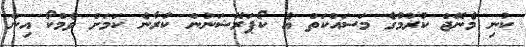
ކުނި މެނޭޖް ކުރުމުގެ މަސައްކަތް އެ ކޯޕަރޭޝަނުން ކުރާނެ ކަމަށް ވެމްކޯ އިން